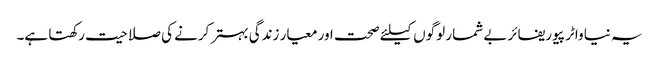
یہ نیا واٹر پیوریفائر بے شمار لوگوں کیلئے صحت اور معیار زندگی بہتر کرنے کی صلاحیت رکھتا ہے۔